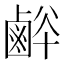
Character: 𪉢